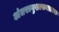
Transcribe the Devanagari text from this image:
अंतरानुशासनात्मक